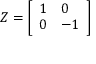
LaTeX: Z = { \left[ \begin{array} { l l } { 1 } & { 0 } \\ { 0 } & { - 1 } \end{array} \right] }